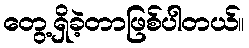
တွေ့ရှိခဲ့တာဖြစ်ပါတယ်။